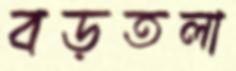
বড়তলা